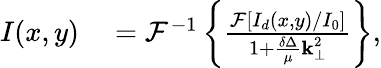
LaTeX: \begin{array}{rl}{I(x,y)}&{{}=\mathcal{F}^{-1}\left\{ \frac{\mathcal{F}[I_{d}(x,y)/I_{0}]}{1+\frac{\delta\Delta}{\mu}\textbf{k}_{\perp}^{2}}\right\} ,}\end{array}